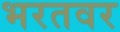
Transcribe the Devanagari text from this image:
भरतवर